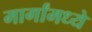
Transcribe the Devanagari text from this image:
मार्गांमध्ये